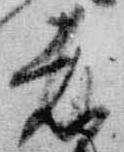
者